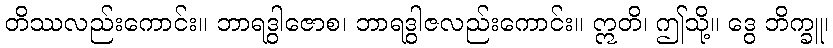
တိဿလည်းကောင်း။ ဘာရဒွါဇောစ၊ ဘာရဒွါဇလည်းကောင်း။ ဣတိ၊ ဤသို့။ ဒွေ ဘိက္ခူ၊